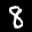
Label: 8